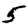
Digit: 5